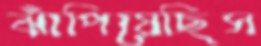
ঝাঁপিয়েছিস